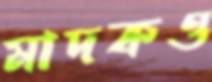
মাদকও